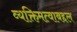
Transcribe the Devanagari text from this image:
व्यक्तिमत्वाबद्दल